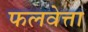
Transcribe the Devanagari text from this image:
फलवेत्ता